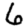
Digit: 6